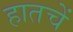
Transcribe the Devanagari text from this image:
हातचें